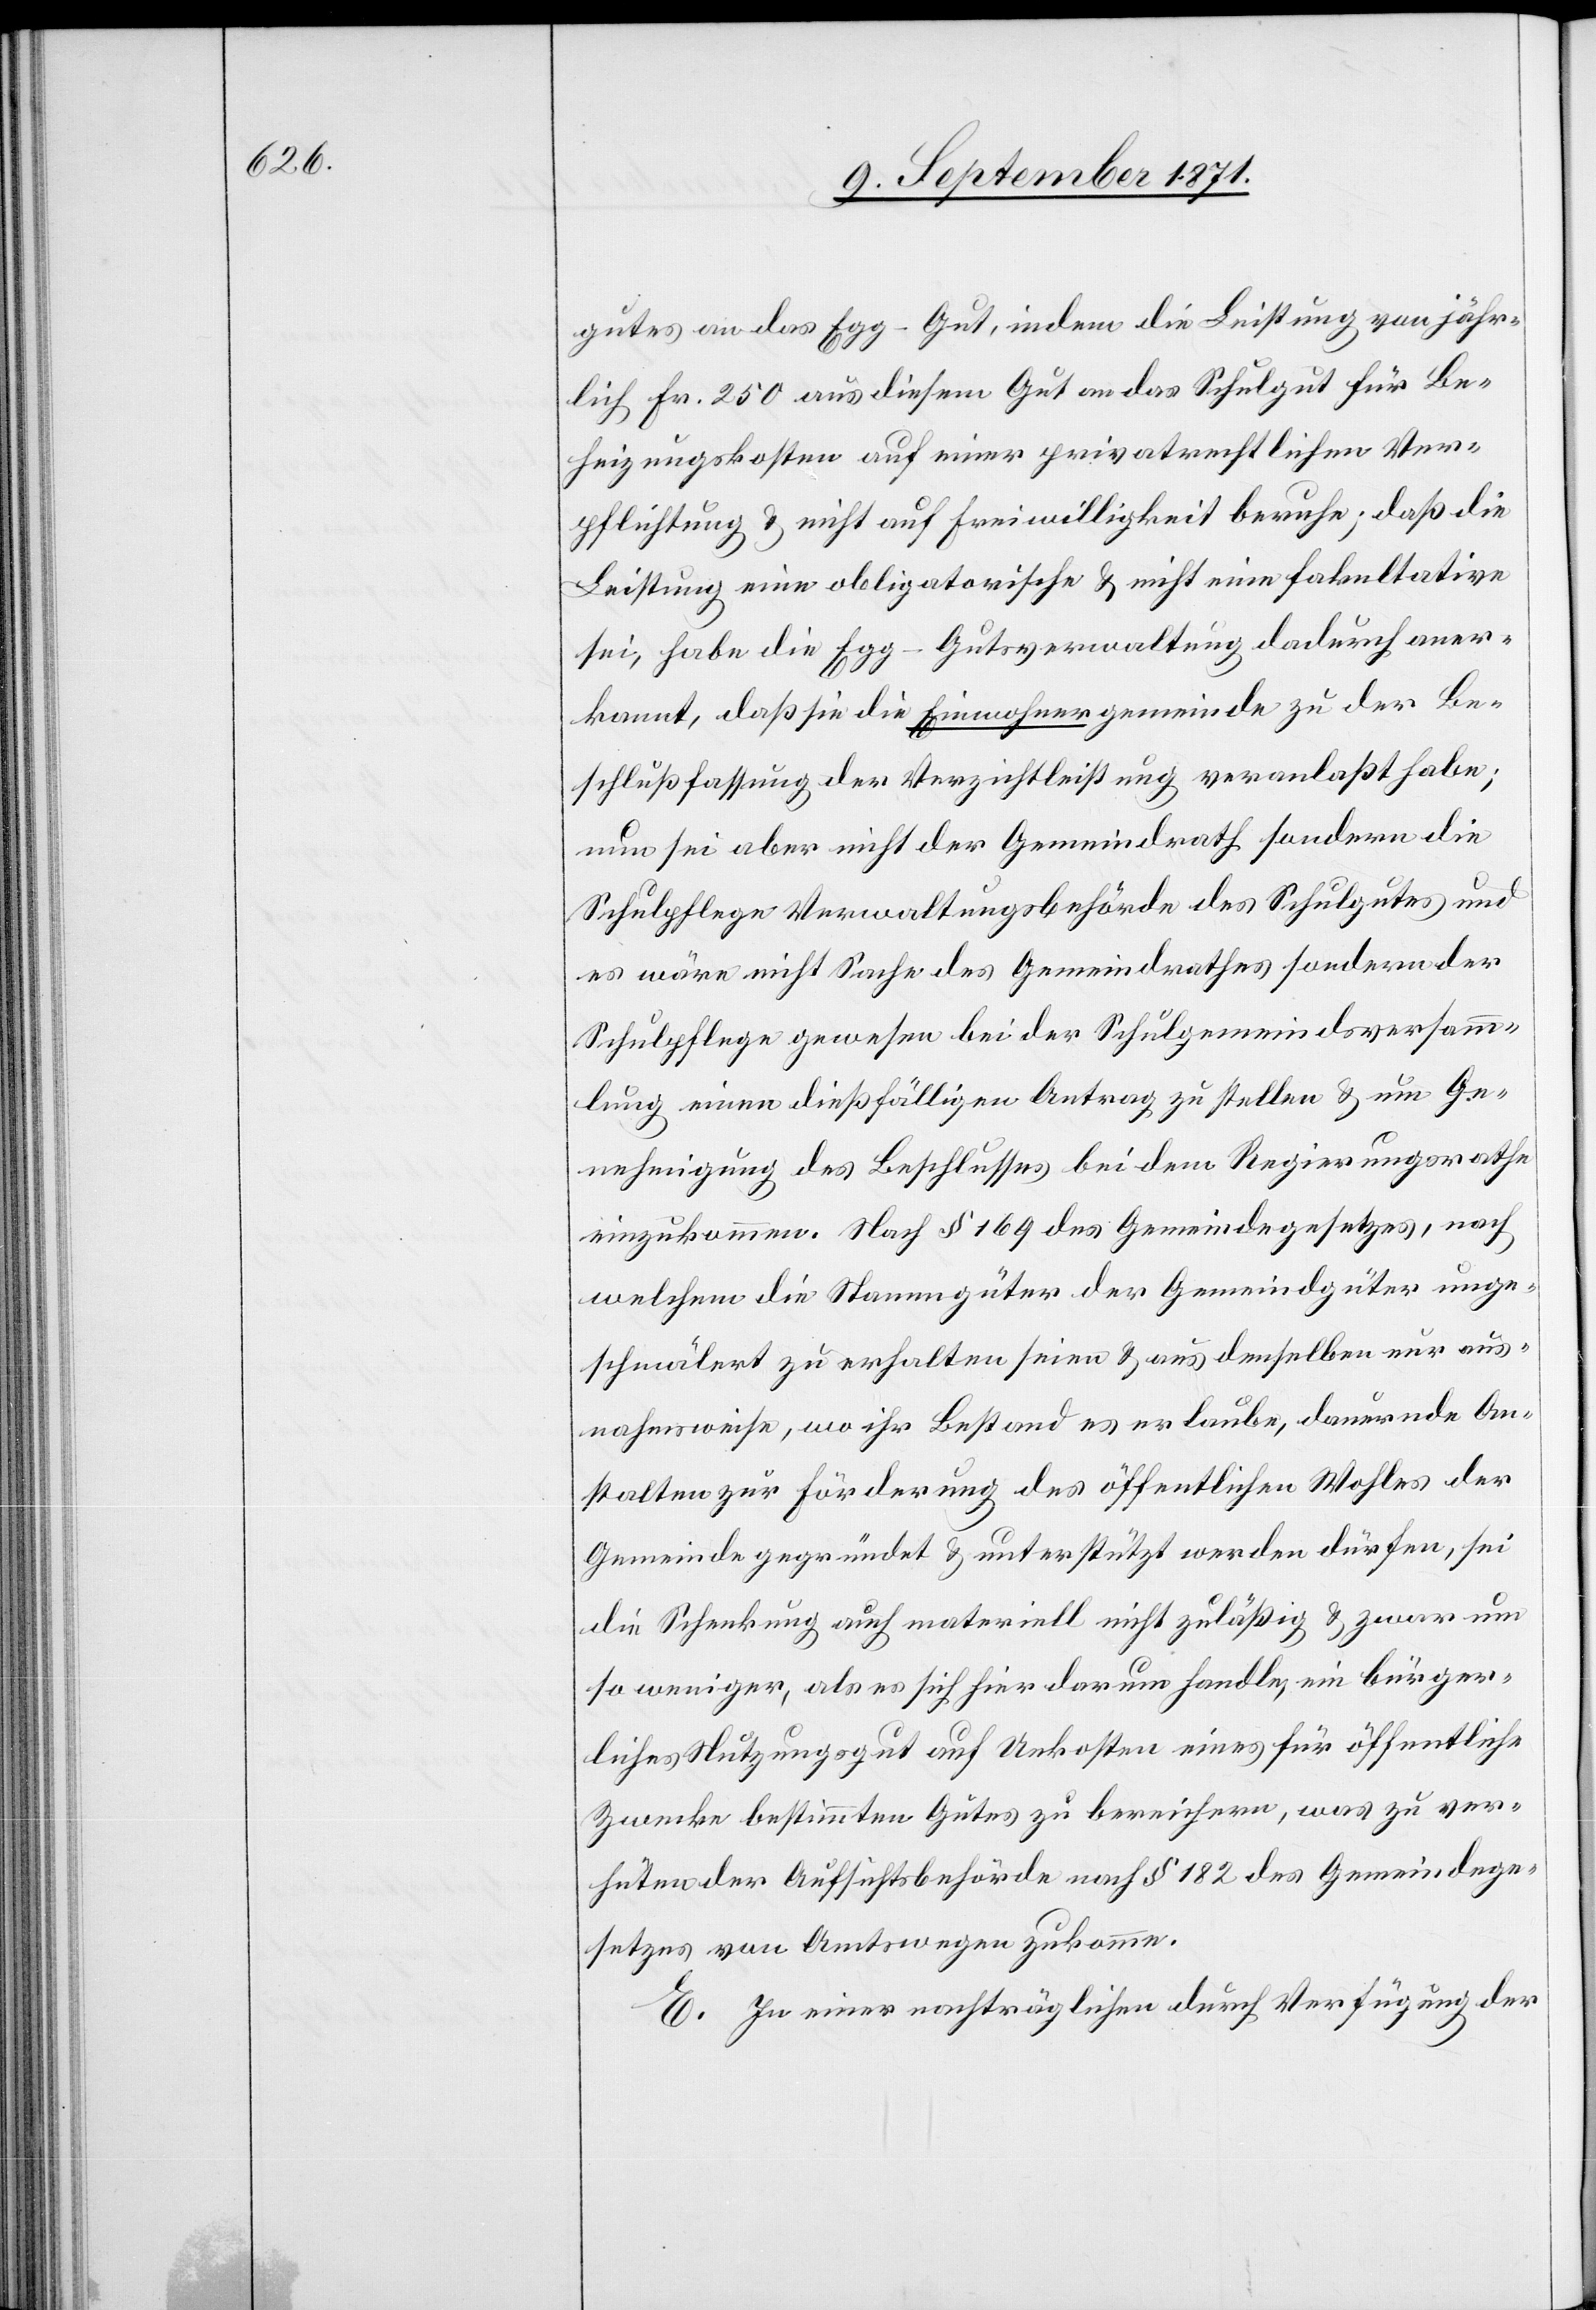
gutes an das Egg-Gut, indem die Leistung von jähr¬
lich Fr. 250 aus diesem Gut an das Schulgut für Be¬
heizungskosten auf einer privatrechtlichen Ver¬
pflichtung & nicht auf Freiwilligkeit beruhe; daß die
Leistung eine obligatorische & nicht eine fakultative
sei, habe die Egg-Gutsverwaltung dadurch aner¬
kannt, daß sie die Einwohnergemeinde zu der Be¬
schlußfassung der Verzichtleistung veranlaßt habe;
nun sei aber nicht der Gemeindrath sondern die
Schulpflege Verwaltungsbehörde des Schulgutes und
es wäre nicht Sache des Gemeindrathes sondern der
Schulpflege gewesen bei der Schulgemeindsversamm¬
lung einen dießfälligen Antrag zu stellen & um Ge¬
nehmigung des Beschlusses bei dem Regierungsrathe
einzukommen. Nach § 169 des Gemeindegesetzes, nach
welchem die Stammgüter der Gemeindgüter unge¬
schmälert zu erhalten seien & aus denselben nur aus¬
nahmsweise, wo ihr Bestand es erlaube, dauernde An¬
stalten zur Förderung des öffentlichen Wohles der
Gemeinde gegründet & unterstützt werden dürfen, sei
die Schenkung auch materiell nicht zulässig & zwar um
so weniger, als es sich hier darum handle, ein bürger¬
liches Stützungsgut auf Unkosten eines für öffentliche
Zwecke bestimmten Gutes zu bereichern, was zu ver¬
hütender Aufsichtsbehörde nach § 182 des Gemeindege¬
setzes von Amtswegen zukomme.
E. In einer nachträglichen durch Verfügung der